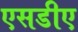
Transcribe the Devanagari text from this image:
एसडीए